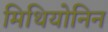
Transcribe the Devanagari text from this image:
मिथियोनिन